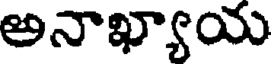
అనాఖ్యాయ